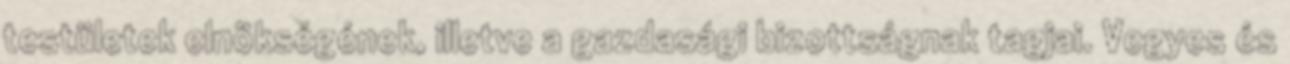
testületek elnökségének, illetve a gazdasági bizottságnak tagjai. Vegyes és